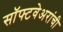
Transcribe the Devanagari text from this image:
सॉफ्टवेअरांची